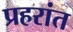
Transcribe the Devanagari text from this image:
प्रहरांत